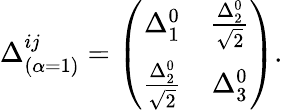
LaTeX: \Delta_{(\alpha=1)}^{ij}=\left(\begin{array}{cc}{{\Delta_{1}^{0}}}&{{\frac{\Delta_{2}^{0}}{\sqrt{2}}}}\\ {{\frac{\Delta_{2}^{0}}{\sqrt{2}}}}&{{\Delta_{3}^{0}}}\end{array}\right).